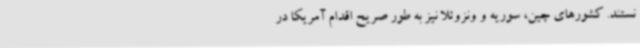
نستند. کشورهای چین، سوریه و ونزوئلا نیز به طور صریح اقدام آمریکا در